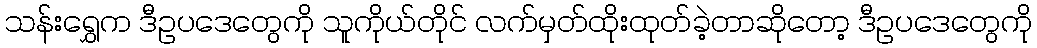
သန်းရွှေက ဒီဥပဒေတွေကို သူကိုယ်တိုင် လက်မှတ်ထိုးထုတ်ခဲ့တာဆိုတော့ ဒီဥပဒေတွေကို